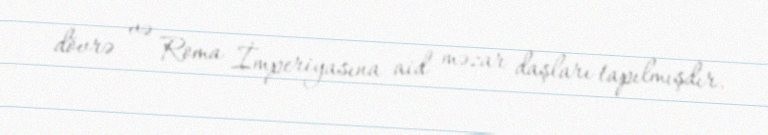
dövrə və Roma İmperiyasına aid məzar daşları tapılmışdır.